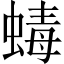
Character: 蝳